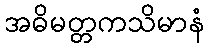
အဓိမတ္တကသိမာနံ